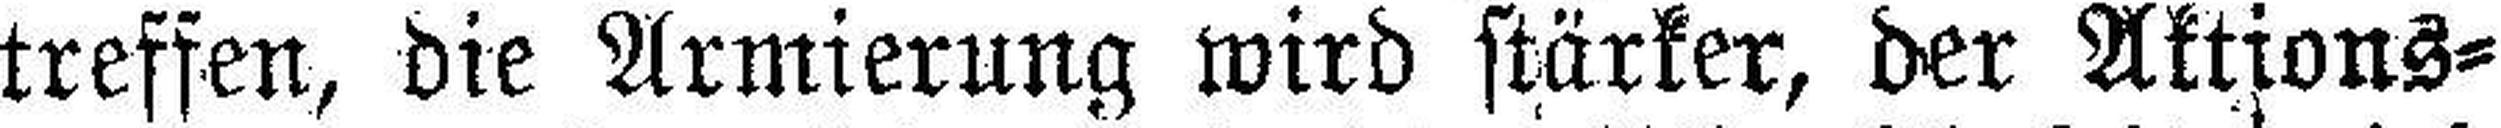
treffen, die Armierung wird stärker, der Aktions¬